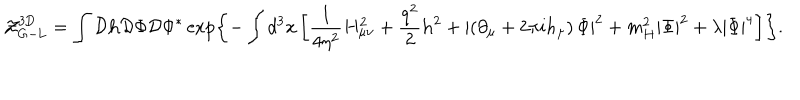
{ \cal Z } _ { \mathrm { G - L } } ^ { \mathrm { 3 D } } = \int { \cal D } { \bf h } { \cal D } \Phi { \cal D } \Phi ^ { * } \exp \left\{ - \int d ^ { 3 } x \left[ \frac { 1 } { 4 \eta ^ { 2 } } H _ { \mu \nu } ^ { 2 } + \frac { q ^ { 2 } } { 2 } { \bf h } ^ { 2 } + \left| \left( \partial _ { \mu } + 2 \pi i h _ { \mu } \right) \Phi \right| ^ { 2 } + m _ { H } ^ { 2 } \left| \Phi \right| ^ { 2 } + \lambda \left| \Phi \right| ^ { 4 } \right] \right\} .